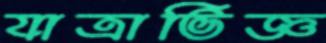
যাত্রাভিজ্ঞ